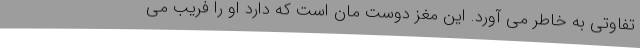
تفاوتی به خاطر می آورد. این مغز دوست مان است که دارد او را فریب می